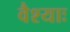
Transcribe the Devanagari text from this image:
वैश्याः